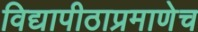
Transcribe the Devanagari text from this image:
विद्यापीठाप्रमाणेच